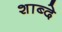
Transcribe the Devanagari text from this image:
शाब्दे